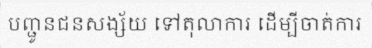
បញ្ជូនជនសង្ស័យ ទៅតុលាការ ដើម្បីចាត់ការ